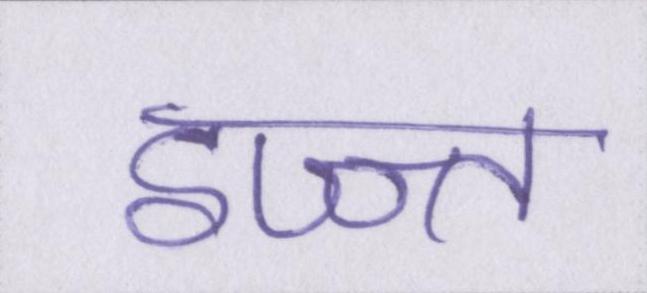
इज्ज्त